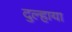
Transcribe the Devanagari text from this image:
दुल्हाया